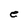
Character: e